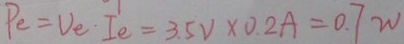
P _ { e } = V _ { e } \cdot I _ { e } = 3 . 5 V \times 0 . 2 A = 0 . 7 w